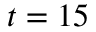
t = 1 5